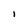
Character: 1